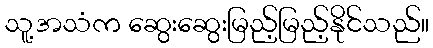
သူ့အသံက ဆွေးဆွေးမြည့်မြည့်နိုင်သည်။